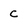
Character: C